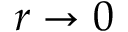
r \to 0